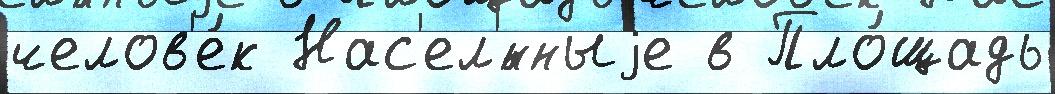
челов'е́к Нас'ел'́нныjе в Пло́щадь